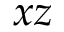
x z